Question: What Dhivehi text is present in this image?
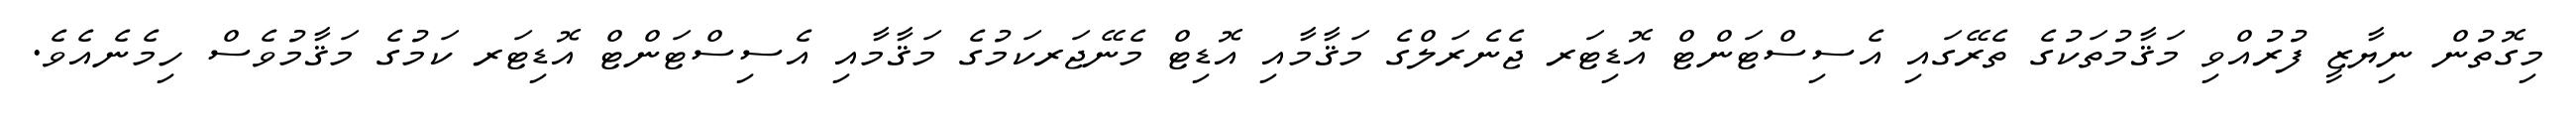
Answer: މިގޮތުން ނިޔާޒީ ފުރުއްވި މަޤާމުތަކުގެ ތެރޭގައި އެސިސްޓަންޓް އޮޑިޓަރ ޖެނެރަލްގެ މަޤާމާއި އޮޑިޓް މެނޭޖަރކަމުގެ މަޤާމާއި އެސިސްޓަންޓް އޮޑިޓަރ ކަމުގެ މަޤާމުވެސް ހިމެނެއެވެ.